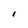
Character: I